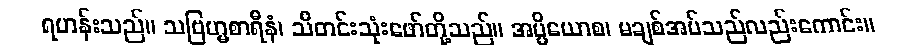
ရဟန်းသည်။ သဗြဟ္မစာရီနံ၊ သီတင်းသုံးဖော်တို့သည်။ အပ္ပိယောစ၊ မချစ်အပ်သည်လည်းကောင်း။